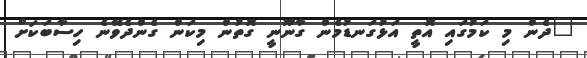
"ދެން މި ކަމުގައި އޮތީ އަޅުގަނޑުމެން ގާނޫނީ ގޮތުން މިކަން ގެންދެވޭނެ ހިސާބަކަށް